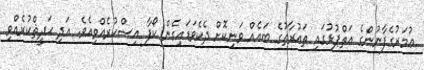
ޢުމަރުގެފާނުންގެ އަތްޕުޅުގައި ތައުރާތުގެ ބައެއް ވަނިކޮށް ދެކެވަޑައިގެން ކޯފާ އިސްކުރެއްވިއެވެ. އަދި ޙަދީޘްކުރެއްވި